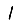
Digit: 1